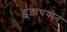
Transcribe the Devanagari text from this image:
ग्लूटाथयोन